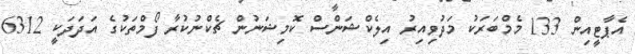
އެޕާޓީއިން 133 މެމްބަރަކު މަދުވިއިރު އިލެކްޝަންސް ކޮމިޝަނުން ޗެކްނުކުރާ ފޯމްތަކުގެ އަދަދަކީ 6312